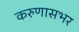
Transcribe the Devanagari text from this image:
करुणासभर